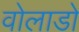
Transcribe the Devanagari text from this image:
वोलाडो